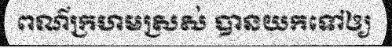
ពណ៌ក្រហមស្រស់ បានយកទៅឲ្យ